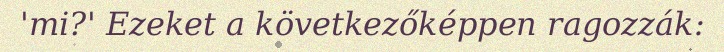
'mi?' Ezeket a következőképpen ragozzák: